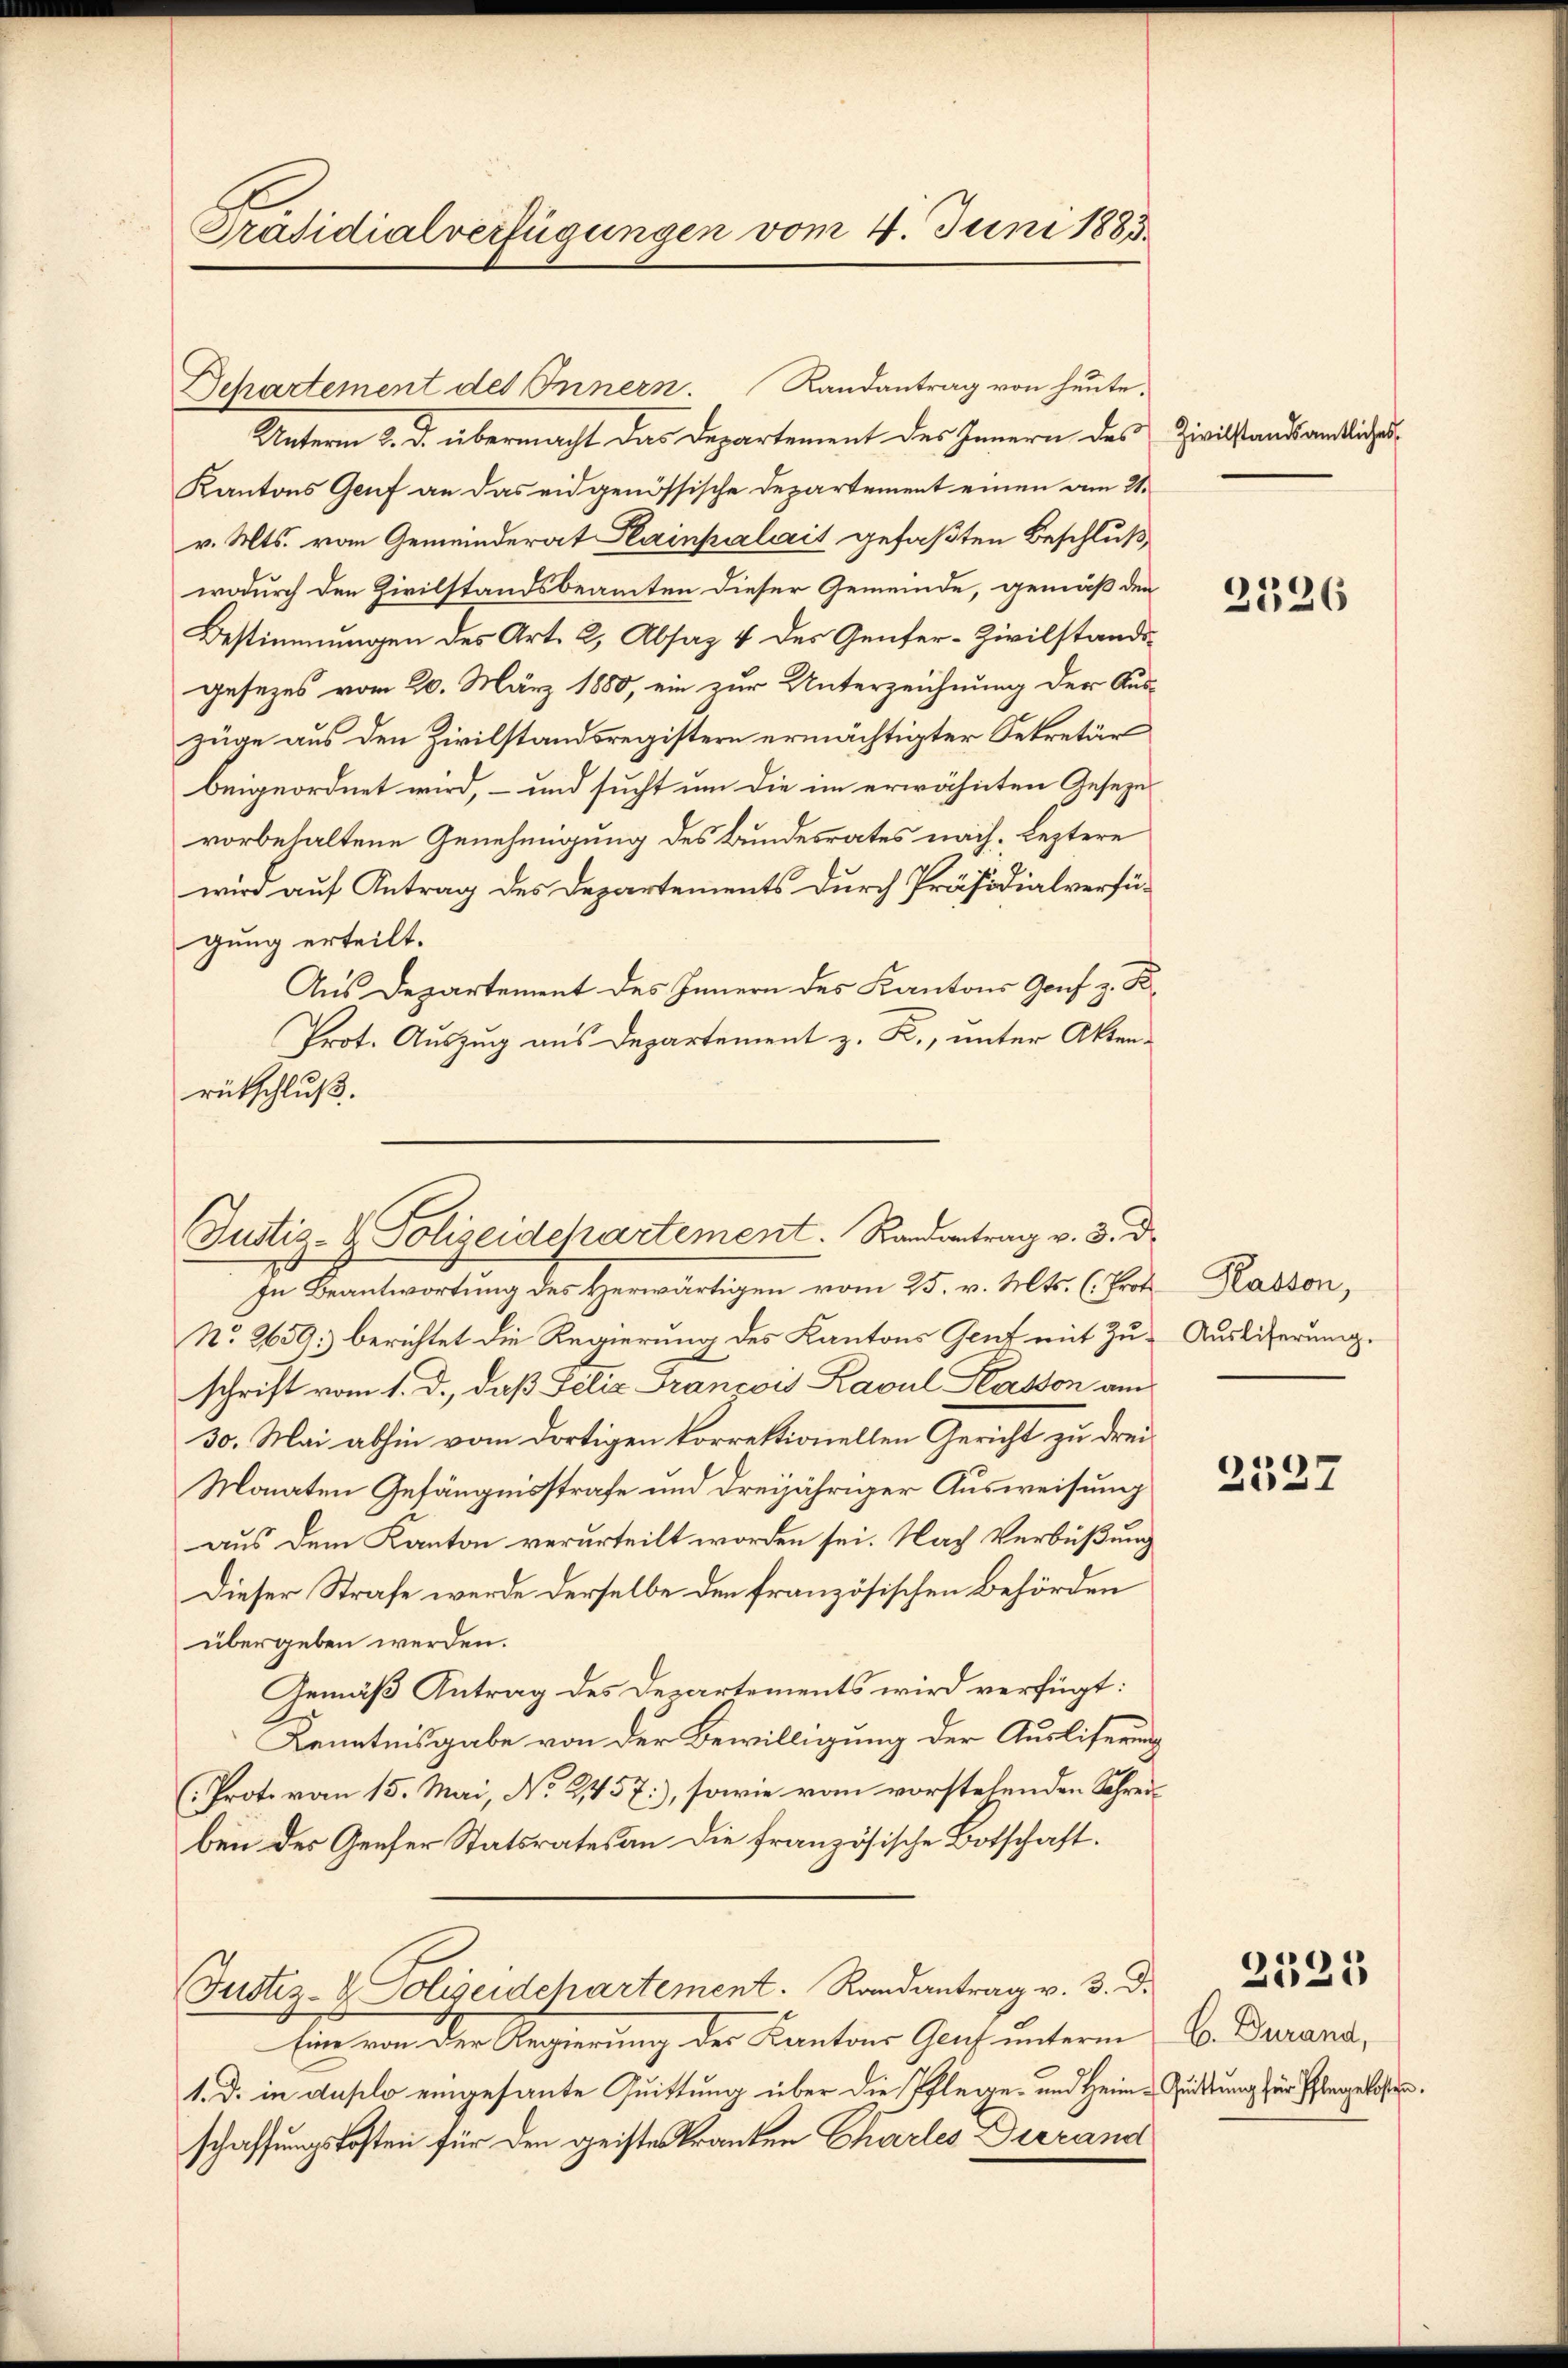
Präsidialverfügungen vom 4. Juni 1883.

Justiz- & Polizeidepartement. Randantrag v. 3. d.

Departement des Innern. Randantrag von heute.
Unterm 8. d. übermacht das Departement des Innern des
Kantons Genf an das eidgenössische Departement einen am 21.
v. Mts. vom Gemeinderat Plainpalait gefaßten Beschluß
wodurch den Zivilstandsbeamten dieser Gemeinde, gemäß den
Bestimmungen des Art. 2, Absaz 4 des Genfer-Zivilstandsgesezes vom 20. März 1880, ein zur Unterzeichnung der Auszüge aus den Zivilstandsregistern ermächtigter Sekretär
beigeordnet wird, – und sucht um die im erwähnten Geseze
vorbehaltene Genehmigung des Bundesrates nach, leztere
wird auf Antrag des Departements durch Präsidialverfügung erteilt.
Aus Departement des Innern des Kantons Genf z. B.
Prot. Auszug aus Departement z. R., unter Aktenrütschluß.
In Beantwortung des Herwärtigen vom 25. v. Mts. (: Proto
No. 2659: berichtet die Regierung des Kantons Gent mit Zuschrift vom 1. d., daß Felix Francois Kavul Klasson am
30. Mai abhin vom dortigen korrektionellen Gericht zu drei¬
Monaten Gefängnisstrafe und dreijähriger Ausweisung
aus dem Kanton verurteilt worden sei. Nach Verbüßung
Dieser Strafe werde derselbe den französischen Behörden
übergeben werden.
Gemäß Antrag des Departements wird verfügt:
Kenntnisgabe von der Bewilligung der Ausliserung
(Prot. vom 15. Mai, No. 2457), sowie von vorstehenden Schreiben der Geeser Statsrates an die französische Botschaft.
Justiz- & Polizeidchartement. Randantrag v. 3. d.
Eine von der Regierung der Cantons Glas unterm
1. d. in duplo eingesante Quittung über die Pflege- und Heimschaffungskosten für den geistes Kranken Charles Dierand

Zivilstandsamtliches

.
26

Rasson,
Auslieferung.

2527

2521

C. Durand,
Quittung für Pflegekosten.